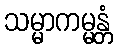
သမ္မာကမ္မန္တံ